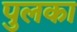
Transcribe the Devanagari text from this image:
पुलका